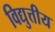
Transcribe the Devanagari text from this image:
विद्युत्तीय